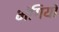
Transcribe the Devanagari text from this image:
भंगियाँ